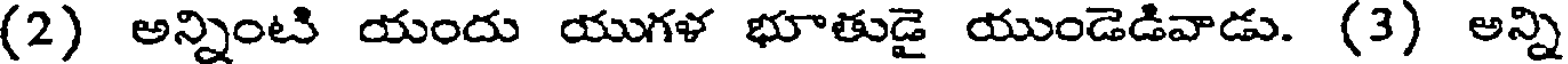
(2) అన్నింటి యందు యుగళ భూతుడై యుండెడివాడు. (3) అన్ని